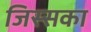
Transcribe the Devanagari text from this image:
जिस्सका